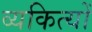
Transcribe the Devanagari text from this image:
व्यकित्यों